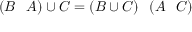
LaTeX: ( B \setminus A ) \cup C = ( B \cup C ) \setminus ( A \setminus C )